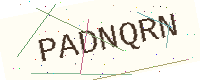
Text: PADNQRN